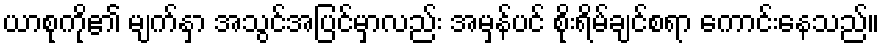
ယာစုကို၏ မျက်နှာ အသွင်အပြင်မှာလည်း အမှန်ပင် စိုးရိမ်ချင်စရာ ကောင်းနေသည်။